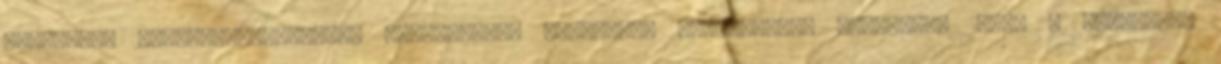
Őrszavak. Művelődéstörténeti dolgozatok. Kriterion Könyvkiadó, Bukarest, 1984. = Baránszky